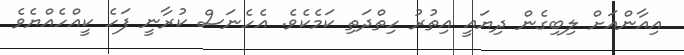
އިއާންއަށް ލިބިގެން ދިޔައީ އިތުރު ހިތްދަތި ކަމެކެވެ. އެހެނަސް ކުރާނީ ފަހެ ކީއްހެއްޔެވެ